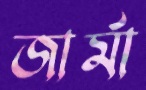
জার্মা